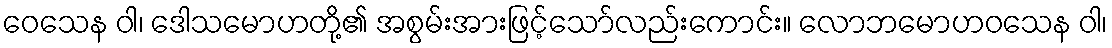
ဝေသေန ဝါ၊ ဒေါသမောဟတို့၏ အစွမ်းအားဖြင့်သော်လည်းကောင်း။ လောဘမောဟဝသေန ဝါ၊